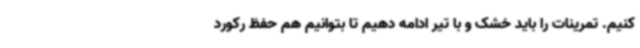
کنیم. تمرینات را باید خشک و با تیر ادامه دهیم تا بتوانیم هم حفظ رکورد